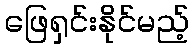
ဖြေရှင်းနိုင်မည့်